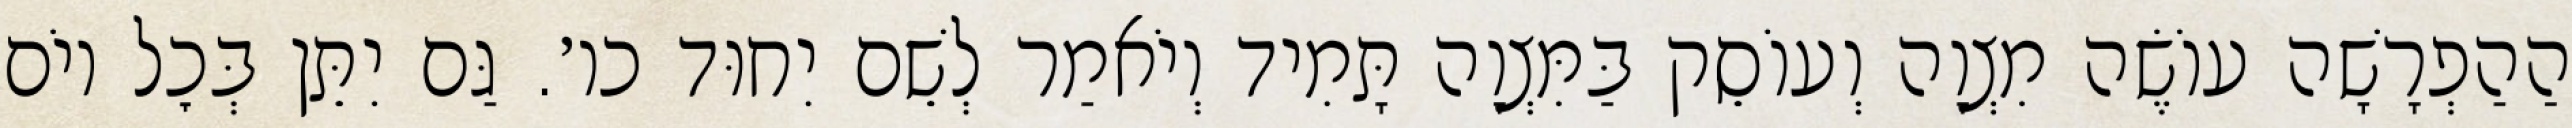
הַהַפְרָשָׁה עוֹשֶׂה מִצְוָה וְעוֹסֵק בַּמִּצְוָה תָּמִיד וְיֹאמַר לְשֵׁם יִחוּד כו׳. גַּם יִתֵּן בְּכׇל יוֹם